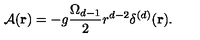
{ \mathcal A } ( { \bf r } ) = - g \frac { \Omega _ { d - 1 } } { 2 } r ^ { d - 2 } \delta ^ { ( d ) } ( { \bf r } ) .